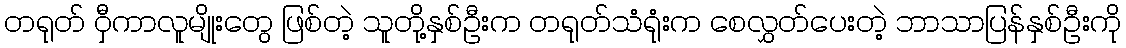
တရုတ် ဝှီကာလူမျိုးတွေ ဖြစ်တဲ့ သူတို့နှစ်ဦးက တရုတ်သံရုံးက စေလွှတ်ပေးတဲ့ ဘာသာပြန်နှစ်ဦးကို